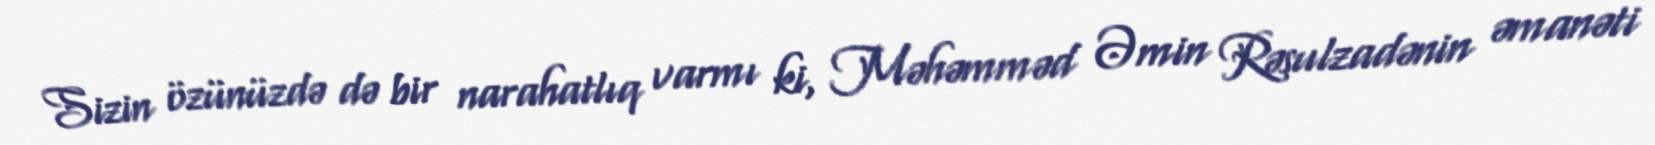
Sizin özünüzdə də bir narahatlıq varmı ki, Məhəmməd Əmin Rəsulzadənin əmanəti